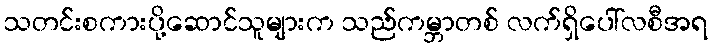
သတင်းစကားပို့ဆောင်သူများက သည်ကမ္ဘာတစ် လက်ရှိပေါ်လစီအရ